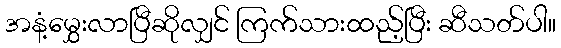
အနံ့မွှေးလာပြီဆိုလျှင် ကြက်သားထည့်ပြီး ဆီသတ်ပါ။